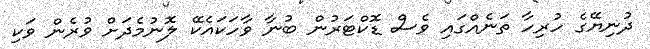
ދުނިޔޭގެ ހުރިހާ ތަނެއްގައި ވެސް ޑޮކްޓަރުން ބުނާ ވާހަކައެކޭ ލޮނުމެދަށް ވުރެން ވަކި